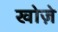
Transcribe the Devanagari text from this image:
खोज़े